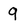
Character: 9